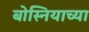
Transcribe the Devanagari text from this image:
बोस्नियाच्या